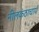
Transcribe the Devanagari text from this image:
नीलकंठाचार्य